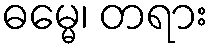
ဓမ္မေ၊ တရား